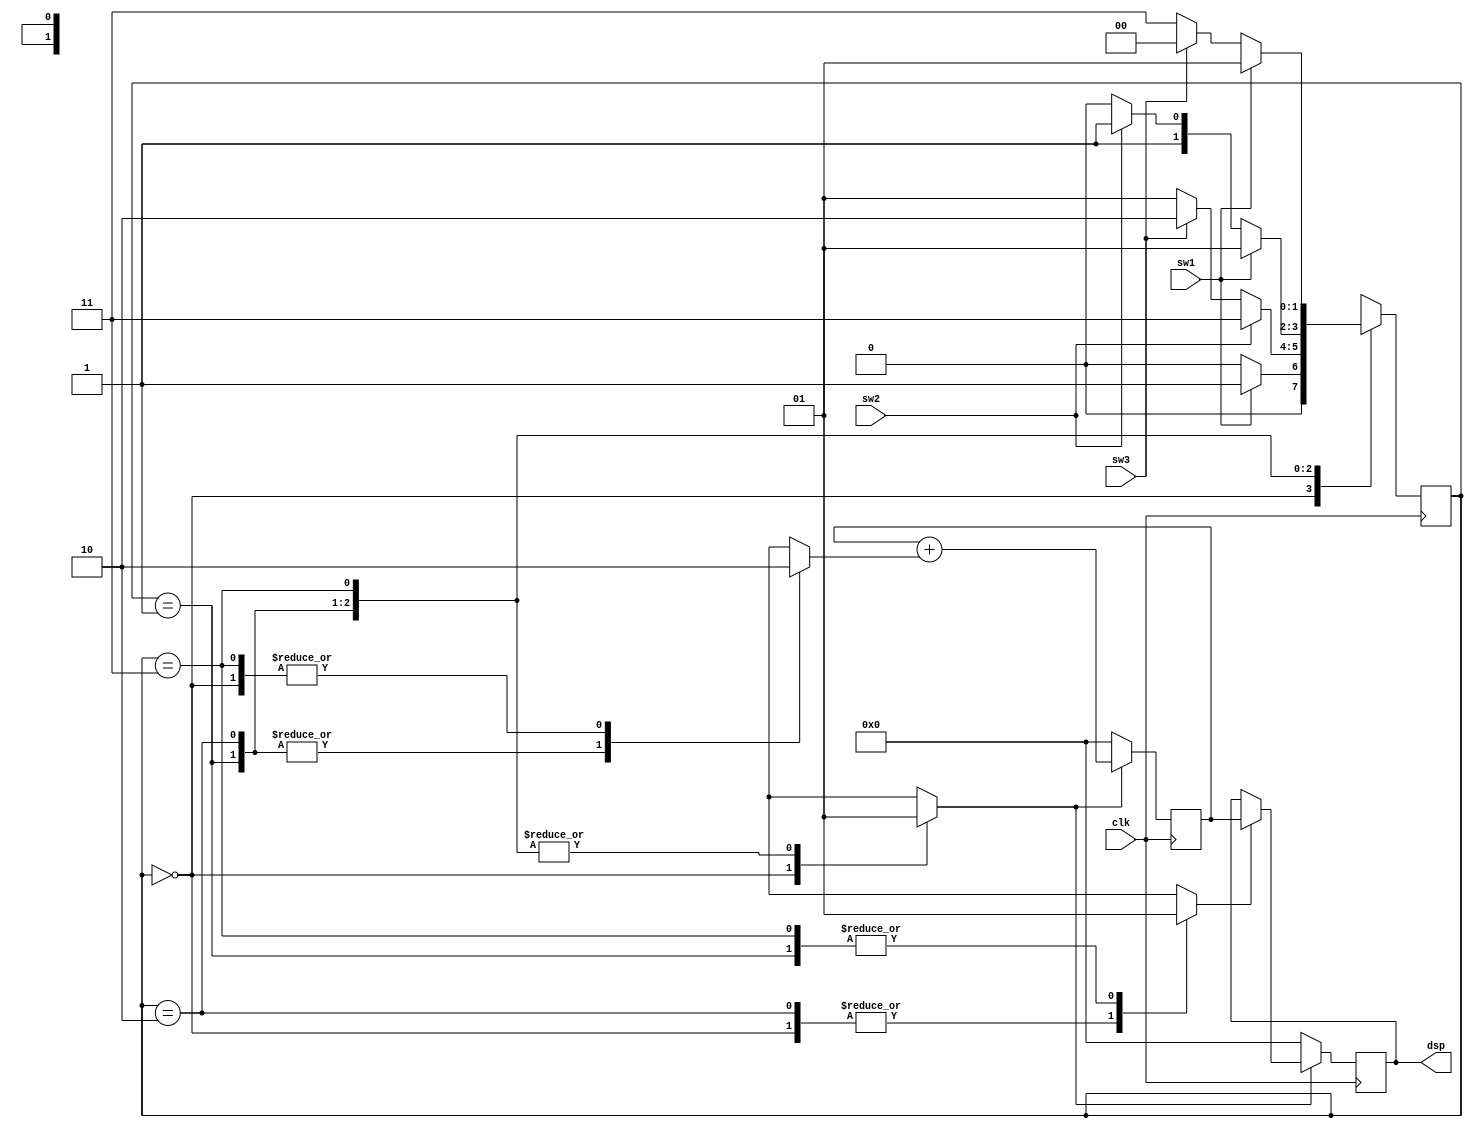
`timescale 1ns/1ns

`define IDLE  2'b00
`define COUNT 2'b01
`define LAP   2'b10
`define STOP  2'b11

module stopwatch (clk, sw1, sw2, sw3, dsp);
	input        clk, sw1, sw2, sw3;
	output [7:0] dsp;
	
	reg    [7:0] cnt, dsp;
	reg    [1:0] state, next_state;
	reg          ci, ld, rst;
	
	always@(sw1 or sw2 or sw3 or state) begin
		case (state)
			`IDLE : begin
				if(sw1 == 1'b1)
					next_state <= `COUNT;
				else
					next_state <= `IDLE;
			end
			`COUNT : begin
				if(sw2 == 1'b1)
					next_state <= `STOP;
				else if(sw3 == 1'b1)
					next_state <= `LAP;
				else
					next_state <= `COUNT;
			end
			`LAP : begin
				if(sw1 == 1'b1)
					next_state <= `COUNT;
				else if(sw2 == 1'b1)
					next_state <= `STOP;
				else
					next_state <= `LAP;
			end
			`STOP : begin
				if(sw1 == 1'b1)
					next_state <= `COUNT;
				else if(sw3 == 1'b1)
					next_state <= `IDLE;
				else
					next_state <= `STOP;
			end
			default : begin
					next_state <= `IDLE;
			end
		endcase
	end
	
	always@(posedge clk) begin
		state <= next_state;
	end
	
	always@(state) begin
		case(state)
			`IDLE : begin
				rst  <= 1'b0;
				ci   <= 1'b0;
				ld   <= 1'b0;
			end
			`COUNT : begin
				rst  <= 1'b1;
				ci   <= 1'b1;
				ld   <= 1'b1;
			end
			`LAP : begin
				rst  <= 1'b1;
				ci   <= 1'b1;
				ld   <= 1'b0;
			end
			`STOP : begin
				rst  <= 1'b1;
				ci   <= 1'b0;
				ld   <= 1'b1;
			end
			default : begin
				rst  <= 1'b0;
				ci   <= 1'b0;
				ld   <= 1'b0;
			end
		endcase
	end
	
	always@(posedge clk) begin
		if (rst == 1'b0) begin
			cnt   <= 8'b00000000;
		end else begin
			cnt <= cnt + ci;
		end
	end
	
	always@(posedge clk) begin
		if (rst == 1'b0) begin
			dsp <= 8'b00000000;
		end else if (ld == 1'b1) begin
			dsp <= cnt;
		end
	end
	
endmodule